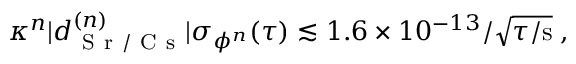
\begin{array} { r } { \kappa ^ { n } | d _ { \mathrm { ~ S ~ r ~ / ~ C ~ s ~ } } ^ { ( n ) } | \sigma _ { \phi ^ { n } } ( \tau ) \lesssim 1 . 6 \times 1 0 ^ { - 1 3 } / \sqrt { \tau / \mathrm { s } } \; , } \end{array}